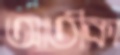
আতীকা